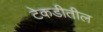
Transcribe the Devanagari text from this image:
टेकडीतील